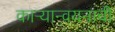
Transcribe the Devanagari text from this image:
काऱ्यान्वयनाची